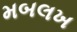
મબલખ